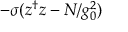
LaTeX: - \sigma ( z ^ { \dagger } z - N / g _ { 0 } ^ { 2 } )